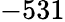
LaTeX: -531